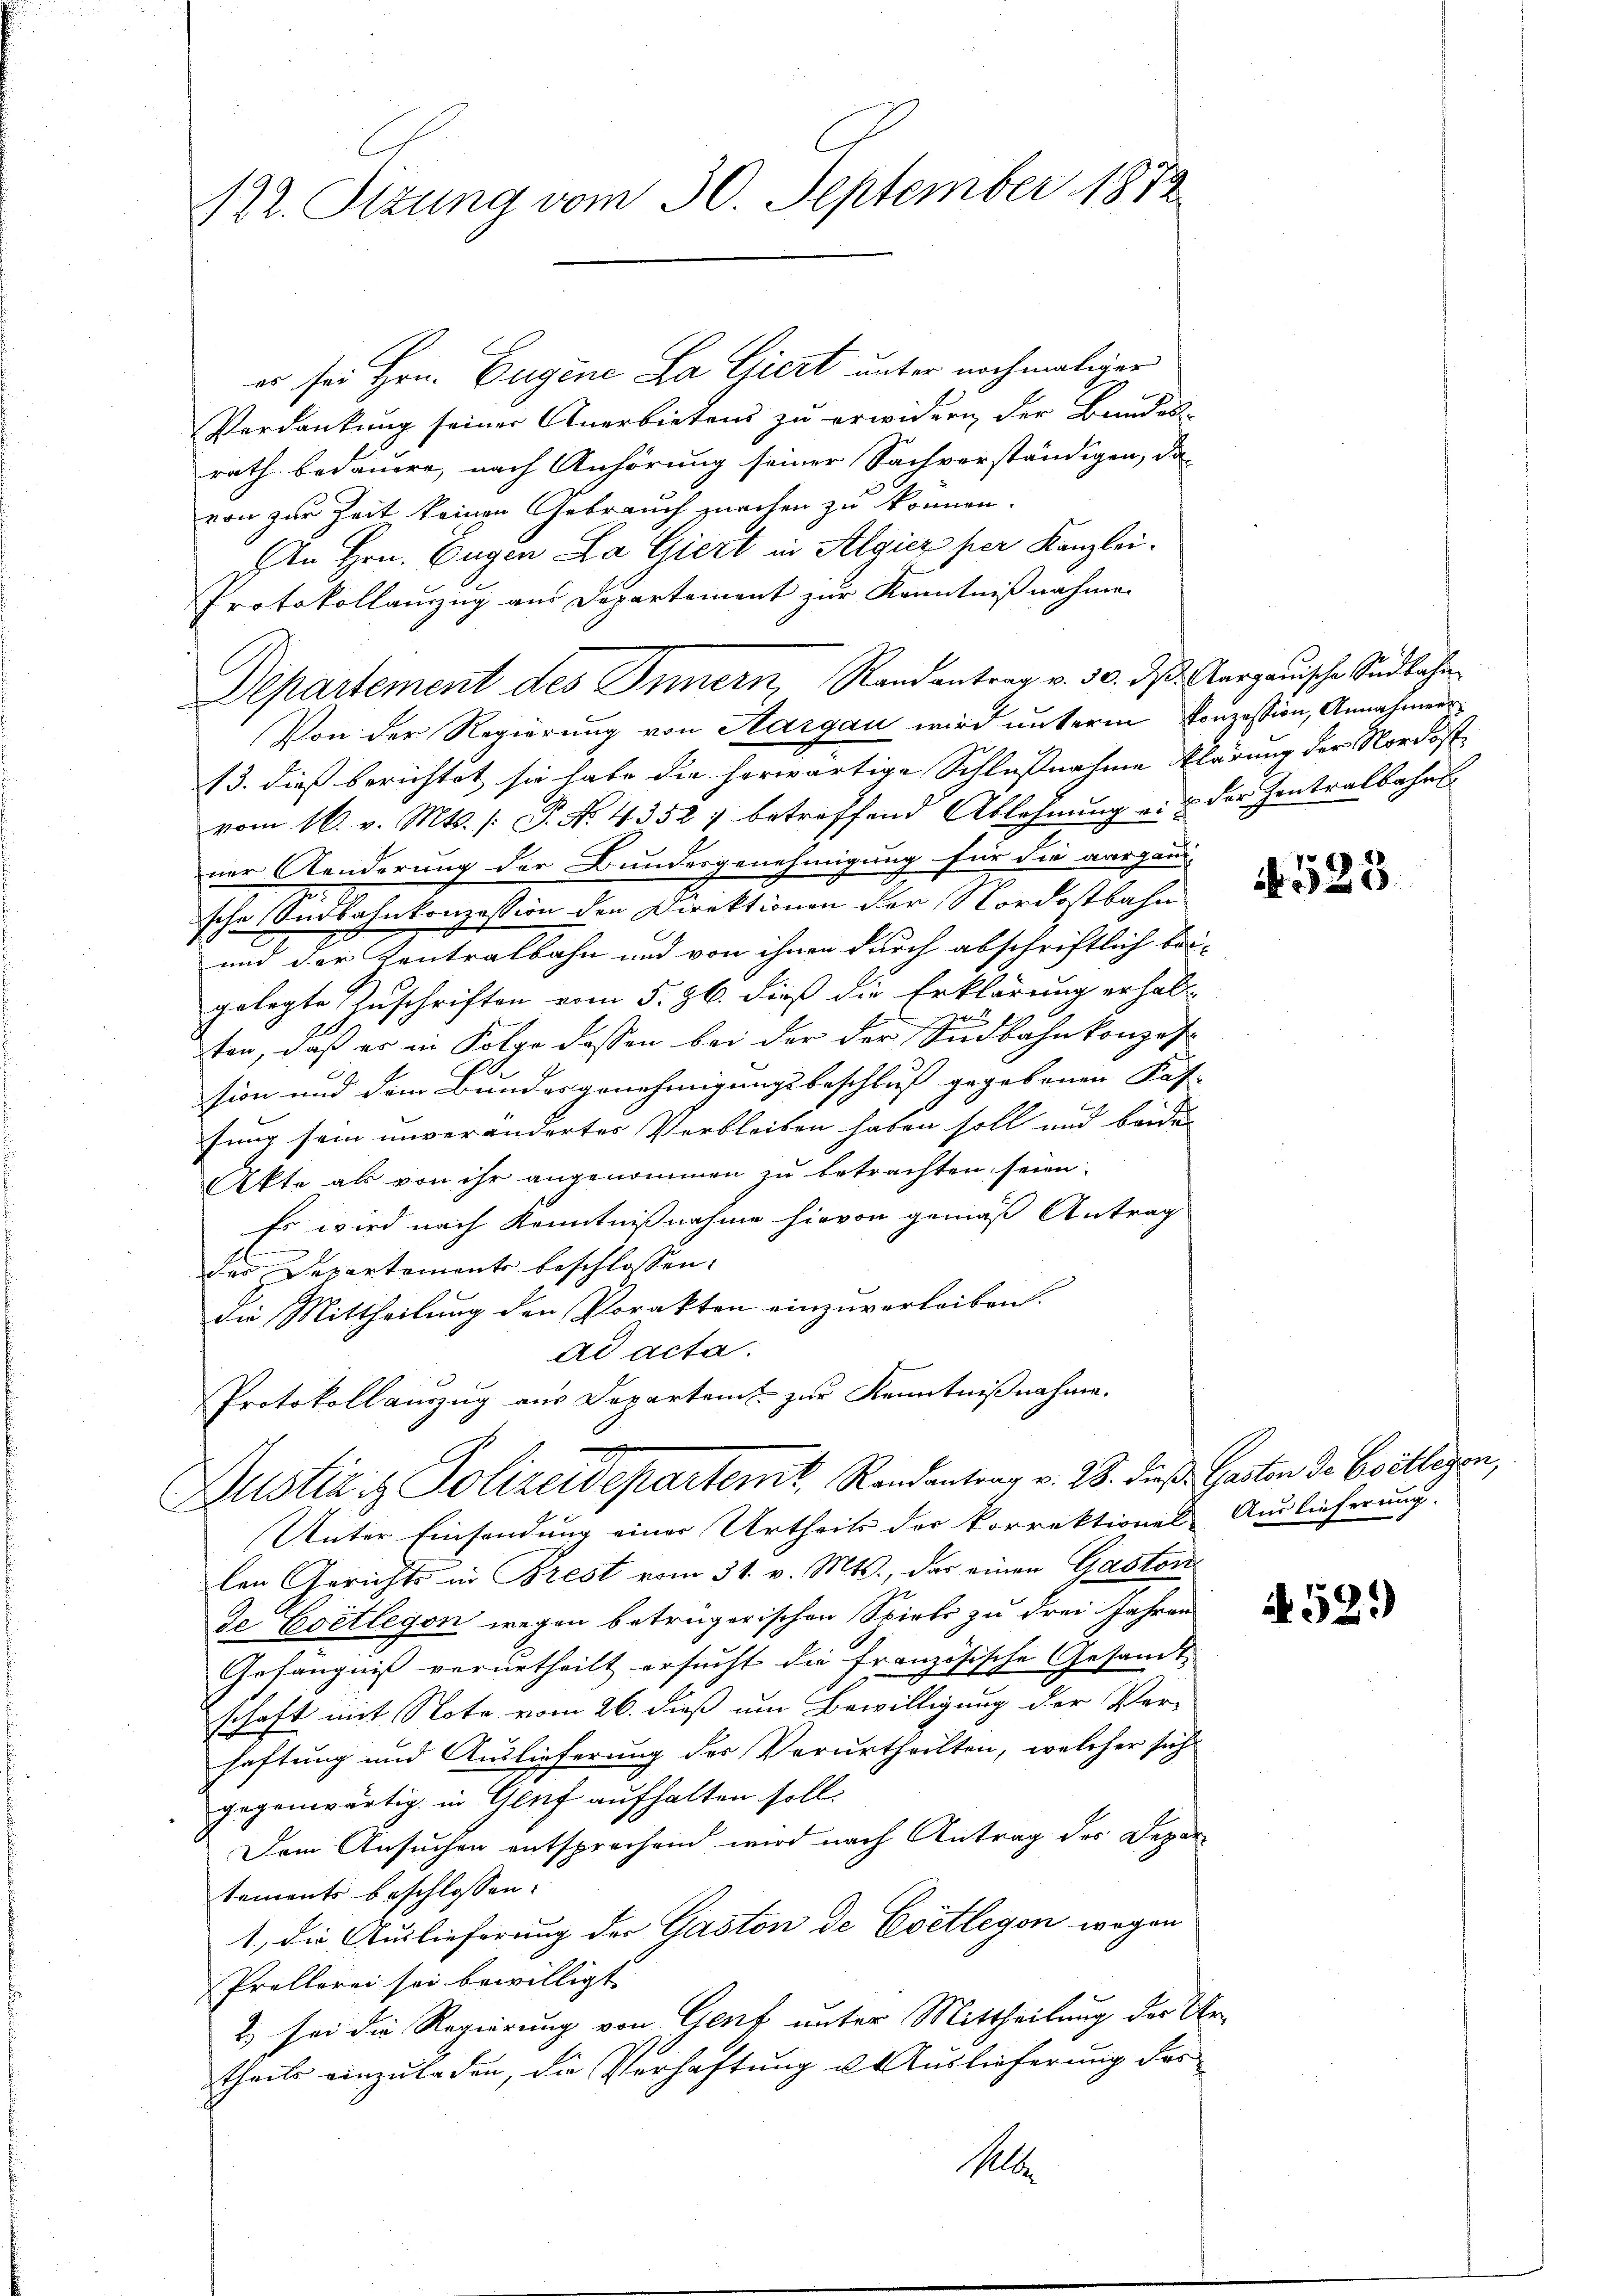
122. Sitzung vom 30. September 1872

er sei Hrn. Eugene La Giert unter nochmaliger
Verdankung seiner Anerbietens zu erwidern der Bundes-
rath bedauern, nach Anhörung seiner Sachverständigen, da
von zur Zeit keinen Gebrauch machen zu können.
In Hrn. Eugen La Giert in Algiez per Kanzlei-
Protokollauszug aus Departement zur Kenntnißnahme
Von der Regierung von Hargau wird unterm Konzession, Annahmen¬
13. dieß berichtet, sie habe die herwärtige Schlußnahme klärung der Nordost
vom 16. v. Mts. /: P. No. 43527 betreffend Ablehnung u. u der Zentralbahns
ner Aenderung der Bundesgenehmigung für die aargani-
2.
sche Ondbahnkonzession den Direktionen der Nordostbahn
und der Kontralbahn und von ihnen durch abschriftlich bei-
gelegte Zuschriften vom 5. Jb. dieß die Erklärung erhalt-
 f
1
ten, daß er in Folge dassen bei der der Südbahnkonzession und dem Bundesgenehmigungsbeschluß gegebenen Käf- |
fung sein unveränderter Verbleiben haben soll und beide
Akte als von ihr angenommen zu betrachten seien.
Es wird nach Kenntnißnahme hievon gemäß Antrag
d
der Departements beschlossen:
die Mittheilung den Porakten einzuverleiben.
ad acta.
Protokollauszug aus Departamt zur Kenntnißnahme.
Justiz & Polizeidepartemt. Randantrag v. 23. dieß. Garten d. Evilligen,
Unter Einsendung einer Urtheils der Vorrektionel Auslieferung.
len Gerichts in Brest vom 31. v. Mts., das einen Gastor
de Evetlegen wegen betrügerischen Spieli zu drei Jahren
Gefängniß verurtheilt ersucht die Französische Gesandt
schaft mit Note vom 26. dieß um Bewilligung der Ver-
haftung und Auslieferung des Verurtheilten, welcher sich
gegenwärtig in Gluf aufhalten soll.
Dem Ansuchen entsprochend wird nach Antrag des Depar
tements beschlossen:
1., die Auslieferung der Gaston de Evetlegen wegen
Prollerei sei bewilligt
2) sei die Regierung von Genf unter Mittheilung der Un
theils einzuladen, die Verhaftung u. Auslieferung des
Mlle.

Departement des Innern, Randantrag v. 30. ds. Aargauische Sindbahn

523

u

A 52.)